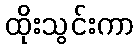
ထိုးသွင်းကာ